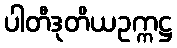
ပါတီဒုတိယဥက္ကဋ္ဌ